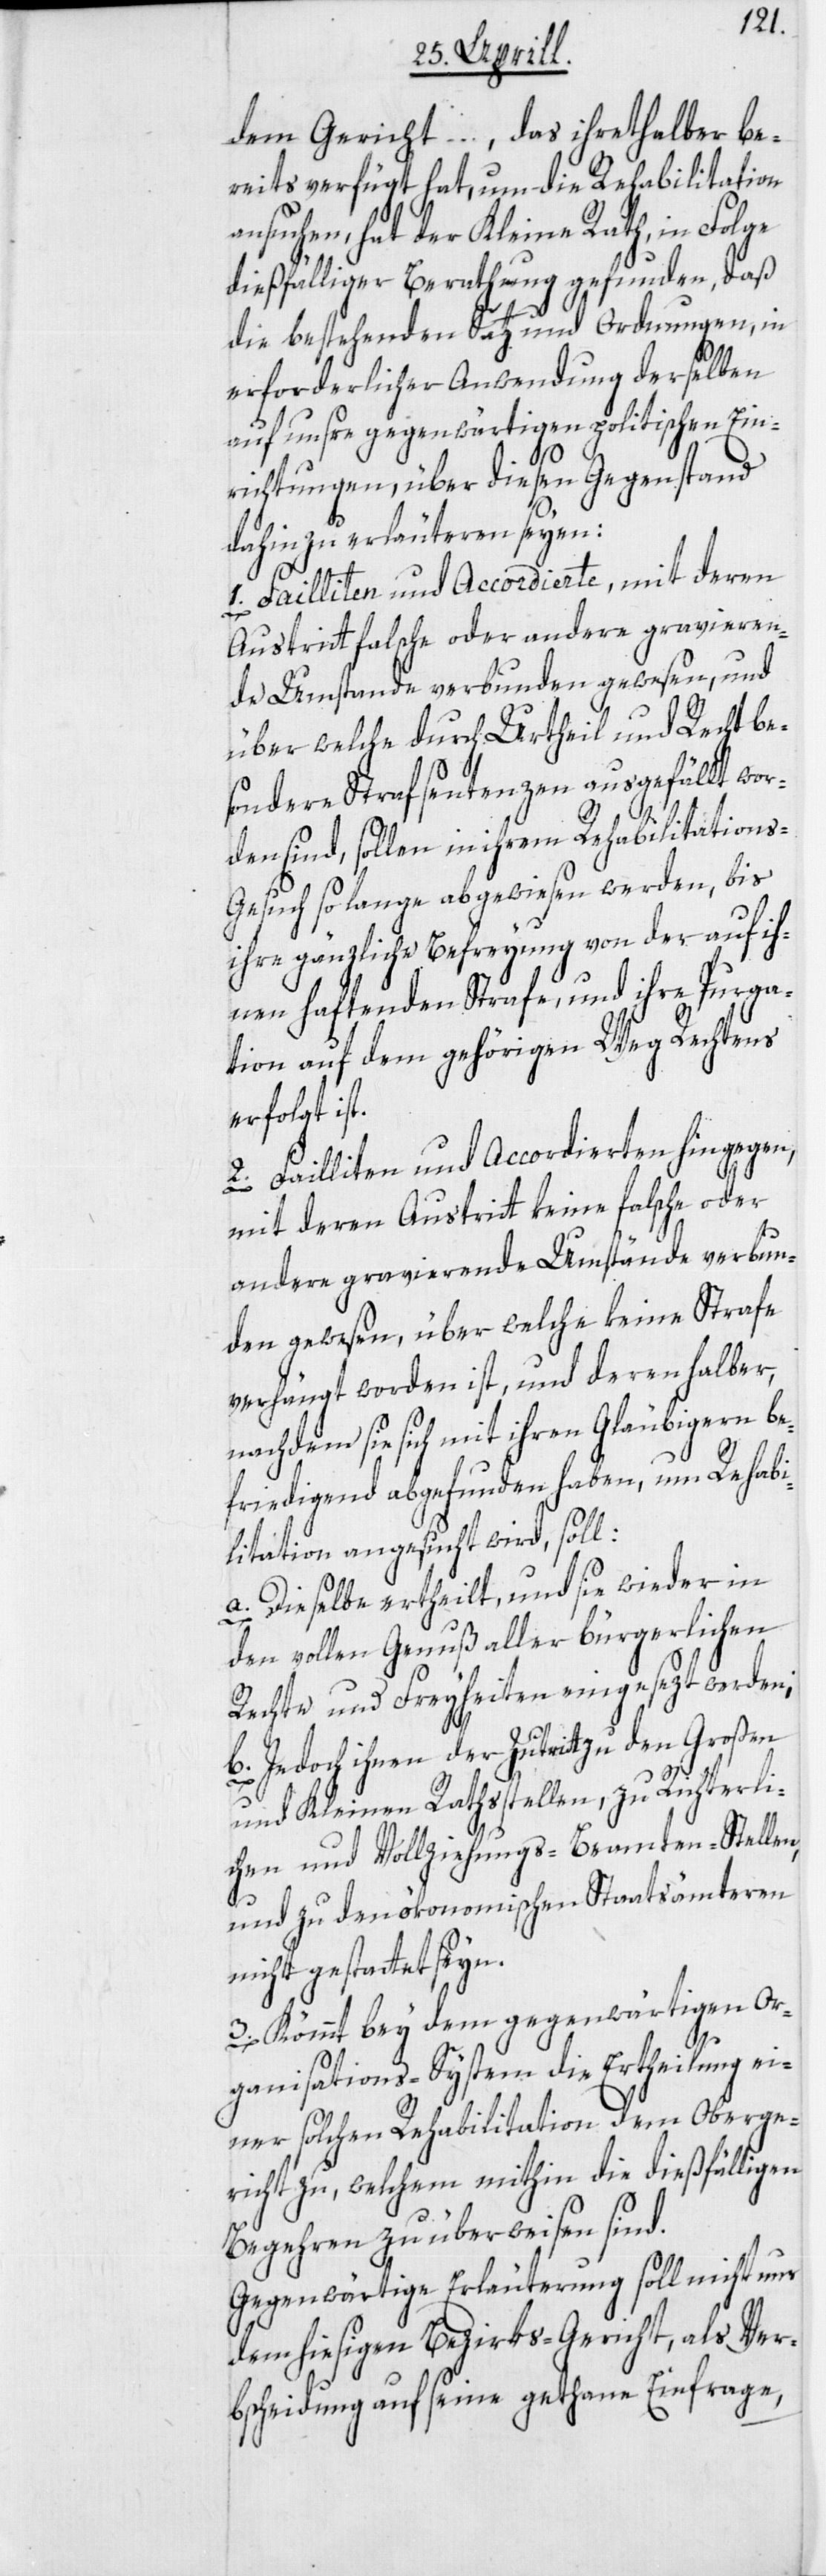
dem Gericht … , das ihrethalber be¬
reits verfügt hat, um die Rehabilitation
ansuchen, hat der Kleine Rath, in Folge
dießfälliger Berathung gefunden, daß
die bestehenden Satz und Ordnungen, in
erforderlicher Anwendung derselben
auf unsre gegenwärtigen politischen Ein¬
richtungen, über diesen Gegenstand
dahin zu erläuteren seyen:
1. Failliten und Accordierte, mit deren
Austritt falsche oder andere gravieren¬
de Umstande verbunden gewesen, und
über welche durch Urtheil und Recht be¬
sondere Strafsentenzen ausgefällt wor¬
den sind, sollen in ihrem Rehabilitation¬
s-Gesuch so lange abgewiesen werden, bis
ihre gänzliche Befreyung von der auf ih¬
nen haftenden Strafe, und ihre Purga¬
tion auf dem gehörigen Weg Rechtens
erfolgt ist.
2. Failliten und Accordierten hingegen,
mit deren Austritt keine falsche oder
andere gravierende Umstände verbun¬
den gewesen, über welche keine Strafe
verhängt worden ist, und derenhalber,
nachdem sie sich mit ihren Gläubigern be¬
friedigend abgefunden haben, um Rehabi¬
litation angesucht wird, soll:
a. Dieselbe ertheilt, und sie wieder in
den vollen Genuß aller bürgerlichen
Rechte und Freyheiten eingesezt werden;
b. Jedoch ihnen der Zutritt zu den
und Kleinen Rathsstellen, zu Richterli¬
chen und Vollziehungs-Beamten-Stellen,
und zu den ökonomischen Staatsämteren
nicht gestattet seyn.
3. Kömmt bey dem gegenwärtigen Or¬
ganisations-System die Ertheilung ei¬
ner solchen Rehabilitation dem Oberge¬
richt zu, welchem mithin die dießfälligen
Begehren zu überweisen sind.
Gegenwärtige Erläuterung soll nicht nur
dem hiesigen Bezirks-Gericht, als Ver¬
bscheidung auf seine gethane Einfrage,